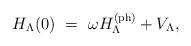
LaTeX: \begin{align*} H_\Lambda(0)\ =\ \omega H_{\Lambda}^{(\mathrm{ph})}+ V_\Lambda , \end{align*}